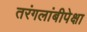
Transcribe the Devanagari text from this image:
तरंगलांबीपेक्षा